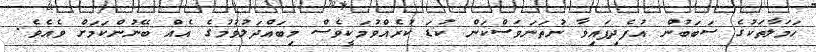
ހަމަލާތަކުގެ ސަބަބުން އުފެދިފައިވާ ނުތަނަވަސްކަން ކުޑަ ކުރެއްވުމަކީވެސް މިބައްދަލުވުމުގެ އެއް ބޭނުންކަމަށް ވެއެވެ.